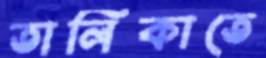
তালিকাতে